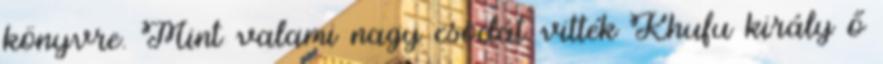
könyvre. Mint valami nagy csodát vitték Khufu király ő